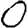
Digit: 0